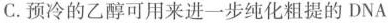
C.预冷的乙醇可用来进一步纯化粗提的DNA